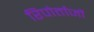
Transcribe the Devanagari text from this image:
रिपोर्ताजों